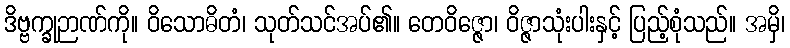
ဒိဗ္ဗက္ခုဉာဏ်ကို။ ဝိသောဓိတံ၊ သုတ်သင်အပ်၏။ တေဝိဇ္ဇော၊ ဝိဇ္ဇာသုံးပါးနှင့် ပြည့်စုံသည်။ အမှိ၊